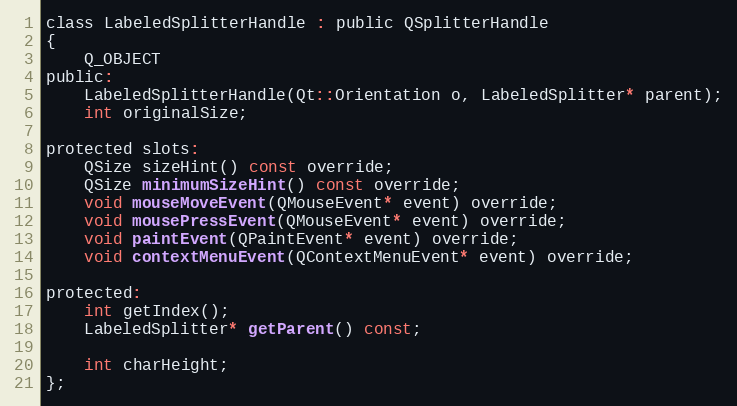
Language: C
class LabeledSplitterHandle : public QSplitterHandle
{
    Q_OBJECT
public:
    LabeledSplitterHandle(Qt::Orientation o, LabeledSplitter* parent);
    int originalSize;

protected slots:
    QSize sizeHint() const override;
    QSize minimumSizeHint() const override;
    void mouseMoveEvent(QMouseEvent* event) override;
    void mousePressEvent(QMouseEvent* event) override;
    void paintEvent(QPaintEvent* event) override;
    void contextMenuEvent(QContextMenuEvent* event) override;

protected:
    int getIndex();
    LabeledSplitter* getParent() const;

    int charHeight;
};